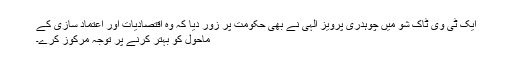
ایک ٹی وی ٹاک شو میں چوہدری پرویز الٰہی نے بھی حکومت پر زور دیا کہ وہ اقتصادیات اور اعتماد سازی کے
ماحول کو بہتر کرنے پر توجہ مرکوز کرے۔